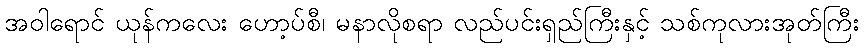
အဝါရောင် ယုန်ကလေး ဟော့ပ်စီ၊ မနာလိုစရာ လည်ပင်းရှည်ကြီးနှင့် သစ်ကုလားအုတ်ကြီး